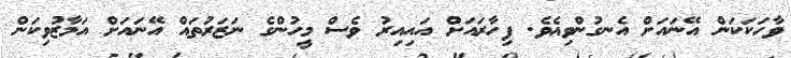
ވާހަކަކަން އޭނައަށް އެނގުންވިއެވެ. ފިހާރައަށް އައިއިރު ވެސް މީހުންގެ ނަޒަރުތައް އޭނައަށް އަމާޒުވިކަން